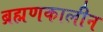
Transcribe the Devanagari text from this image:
ब्रह्मणकालीन